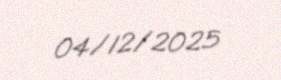
04/12/2025